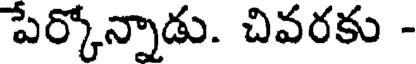
పేర్కోన్నాడు. చివరకు -